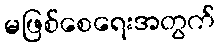
မဖြစ်စေရေးအတွက်